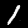
Digit: 1